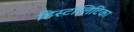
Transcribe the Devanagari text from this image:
हिस्टालिटिका